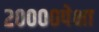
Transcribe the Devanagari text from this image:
२००००पेक्षा